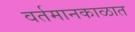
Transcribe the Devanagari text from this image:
वर्तमानकाळात